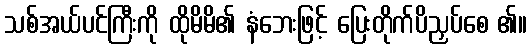
သစ်အယ်ပင်ကြီးကို ထိုမိမိ၏ နံဘေးဖြင့် ပြေးတိုက်ပိညှပ်စေ ၏။